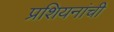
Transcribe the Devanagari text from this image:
प्रशियनांची